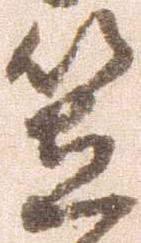
笠